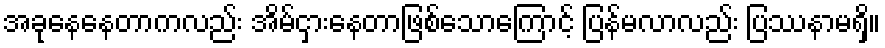
အခုနေနေတာကလည်း အိမ်ငှားနေတာဖြစ်သောကြောင့် ပြန်မလာလည်း ပြဿနာမရှိ။